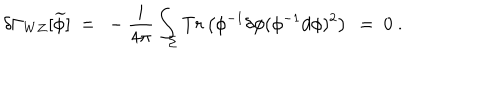
LaTeX: \delta \Gamma _ { W Z } [ \widetilde { \phi } ] \ = \ - \frac { i } { 4 \pi } \int _ { \Sigma } T r \left( \phi ^ { - 1 } \delta \phi ( \phi ^ { - 1 } d \phi ) ^ { 2 } \right) \ = \ 0 \ .